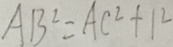
A B ^ { 2 } = A C ^ { 2 } + 1 ^ { 2 }